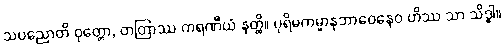
သပညောတိ ဝုတ္တော, တတြာဿ ကရဏီယံ နတ္ထိ။ ပုရိမကမ္မာနုဘာဝေနေဝ ဟိဿ သာ သိဒ္ဓါ။